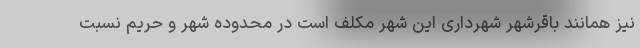
نیز همانند باقرشهر شهرداری این شهر مکلف است در محدوده شهر و حریم نسبت